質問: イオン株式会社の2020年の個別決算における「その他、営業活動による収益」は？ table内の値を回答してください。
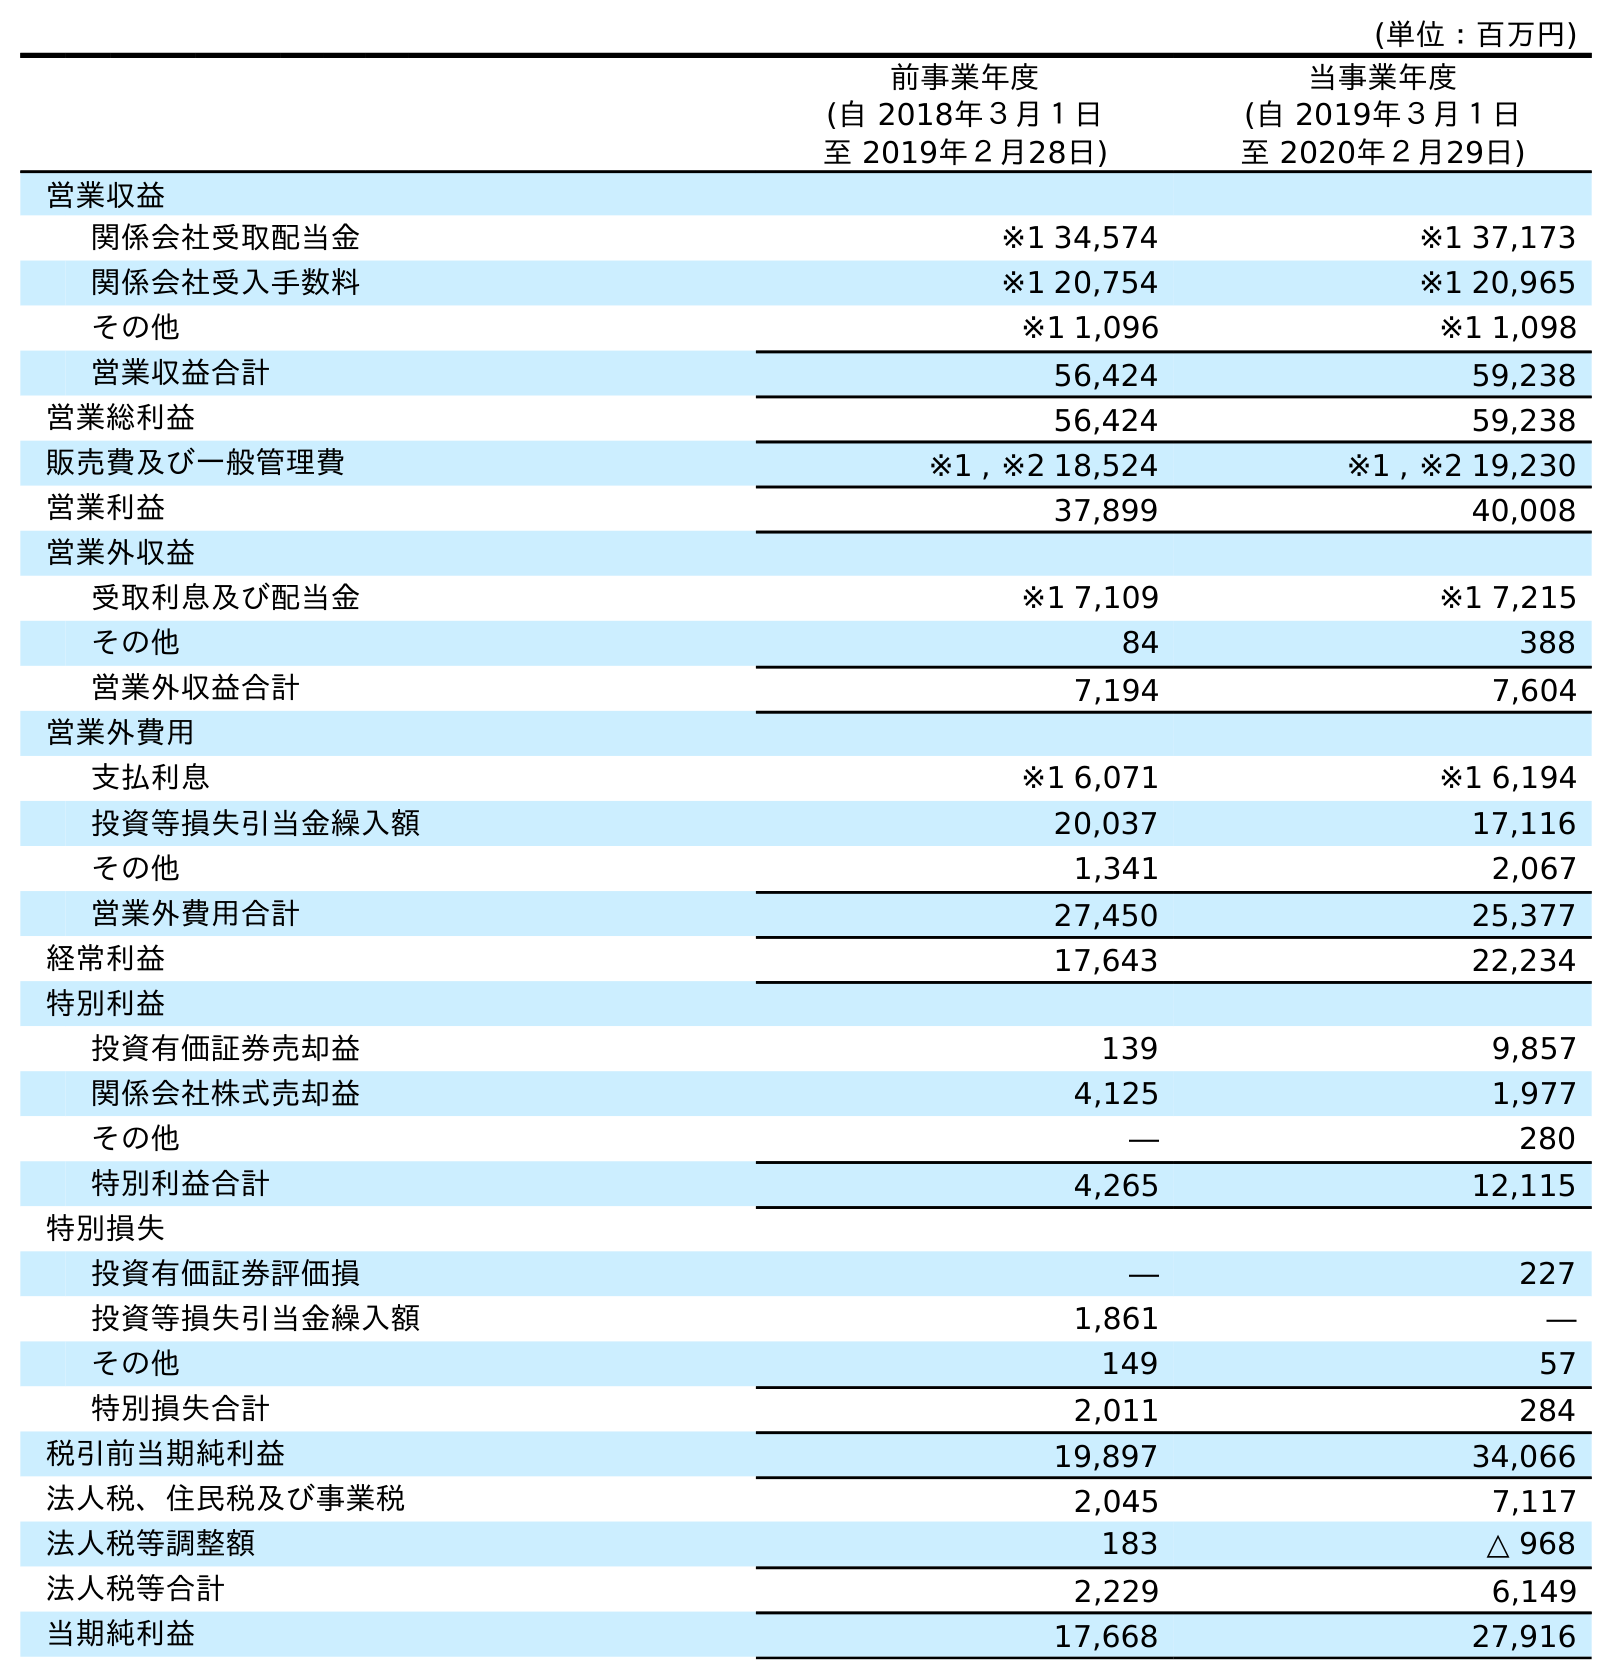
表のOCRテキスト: (単位：百万円) 前事業年度 (自 2018年３月１日 至 2019年２月28日) 当事業年度 (自 2019年３月１日 至 2020年２月29日) 営業収益 関係会社受取配当金 ※1 34,574 ※1 37,173 関係会社受入手数料 ※1 20,754 ※1 20,965 その他 ※1 1,096 ※1 1,098 営業収益合計 56,424 59,238 営業総利益 56,424 59,238 販売費及び一般管理費 ※1 , ※2 18,524 ※1 , ※2 19,230 営業利益 37,899 40,008 営業外収益 受取利息及び配当金 ※1 7,109 ※1 7,215 その他 84 388 営業外収益合計 7,194 7,604 営業外費用 支払利息 ※1 6,071 ※1 6,194 投資等損失引当金繰入額 20,037 17,116 その他 1,341 2,067 営業外費用合計 27,450 25,377 経常利益 17,643 22,234 特別利益 投資有価証券売却益 139 9,857 関係会社株式売却益 4,125 1,977 その他 ― 280 特別利益合計 4,265 12,115 特別損失 投資有価証券評価損 ― 227 投資等損失引当金繰入額 1,861 ― その他 149 57 特別損失合計 2,011 284 税引前当期純利益 19,897 34,066 法人税、住民税及び事業税 2,045 7,117 法人税等調整額 183 △ 968 法人税等合計 2,229 6,149 当期純利益 17,668 27,916
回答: ※11,098